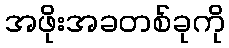
အဖိုးအခတစ်ခုကို